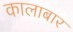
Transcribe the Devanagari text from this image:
कालाबार